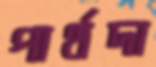
পার্থদা